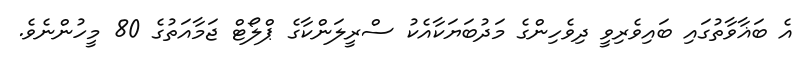
އެ ބަޣާވާތުގައި ބައިވެރިވީ ދިވެހިންގެ މަދުބަޔަކާއެކު ސްރީލަންކާގެ ޕްލޯޓް ޖަމާއަތުގެ 80 މީހުންނެވެ.